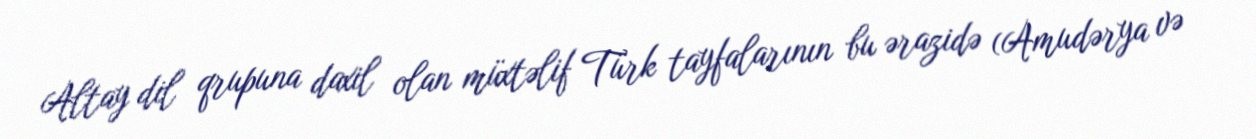
Altay dil qrupuna daxil olan müxtəlif Türk tayfalarının bu ərazidə (Amudərya və